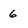
Character: 6